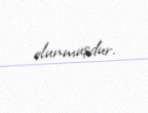
olunmuşdur.